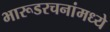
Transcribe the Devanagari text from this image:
भारूडरचनांमध्ये